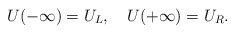
\begin{align*}U(-\infty)=U_L, \ \ \ U(+\infty)=U_R.\end{align*}